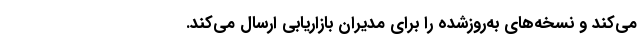
می‌کند و نسخه‌های به‌روزشده را برای مدیران بازاریابی ارسال می‌کند.